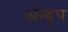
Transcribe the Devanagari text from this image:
अन्ड़प